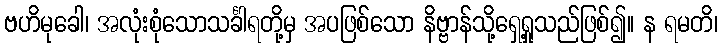
ဗဟိမုခေါ၊ အလုံးစုံသောသင်္ခါရတို့မှ အပဖြစ်သော နိဗ္ဗာန်သို့ရှေ့ရှုသည်ဖြစ်၍။ န ရမတိ၊